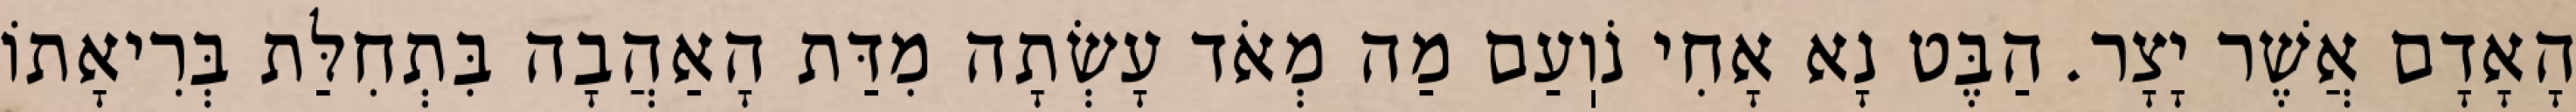
הָאָדָם אֲשֶׁר יָצָר. הַבֶּט נָא אָחִי נֹוֽעַם מַה מְאֹד עָשְׂתָה מִדַּת הָאַהֲבָה בִּתְחִלַּת בְּרִיאָתוֹ